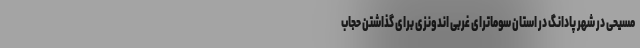
مسیحی در شهر پادانگ در استان سوماترای غربی اندونزی برای گذاشتن حجاب